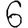
Digit: 6